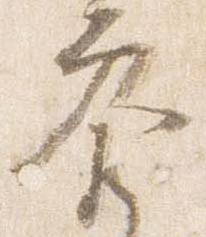
参